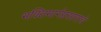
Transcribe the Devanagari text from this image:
भक्तिमार्गप्रसाराचे